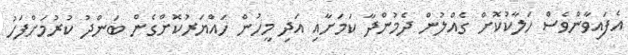
އެފައިވާންވެސް ހަލާކުކޮށް ގެއްލުން ދެމުންދާ ކަމަށާއި އަދި މީހުން ހައްޔަރުކޮށްގެން ބަންދު ކުރުމަށްފަހު